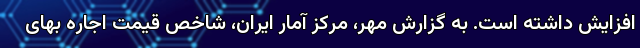
افزایش داشته است. به گزارش مهر، مرکز آمار ایران، شاخص قیمت اجاره بهای